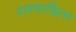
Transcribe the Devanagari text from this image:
रसवादिता